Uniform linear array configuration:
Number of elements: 8
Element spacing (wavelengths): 0.5
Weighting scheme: blackman
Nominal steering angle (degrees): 45
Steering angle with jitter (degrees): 44.025
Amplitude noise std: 0.05
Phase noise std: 0.05

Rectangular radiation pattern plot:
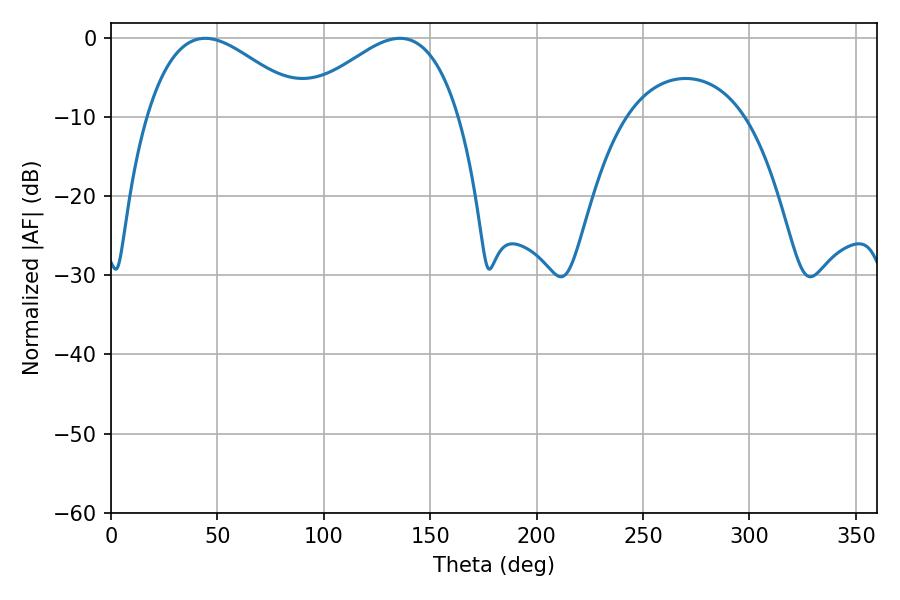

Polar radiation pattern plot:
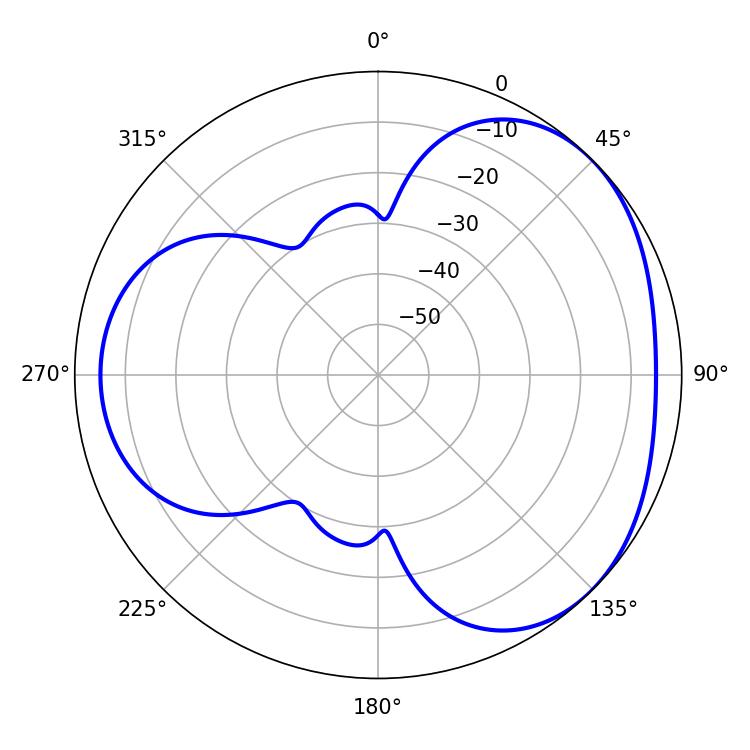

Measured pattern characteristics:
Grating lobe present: FALSE
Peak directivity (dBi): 3.461
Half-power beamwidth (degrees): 40.68
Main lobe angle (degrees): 44.28